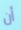
أن